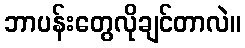
ဘာပန်းတွေလိုချင်တာလဲ။